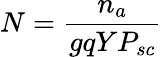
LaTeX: N=\frac{n_{a}}{gqYP_{sc}}